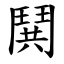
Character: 鬨